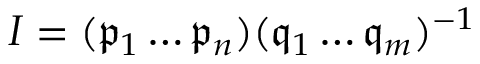
I = ( { \mathfrak { p } } _ { 1 } \ldots { \mathfrak { p } } _ { n } ) ( { \mathfrak { q } } _ { 1 } \ldots { \mathfrak { q } } _ { m } ) ^ { - 1 }